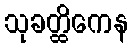
သုခတ္ထိကေန